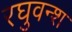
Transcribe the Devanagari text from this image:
रघुवन्श